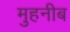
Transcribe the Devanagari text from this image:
मुहनीब